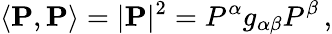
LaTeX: \left\langle\mathbf{P},\mathbf{P}\right\rangle=|\mathbf{P}|^{2}=P^{\alpha}g_{\alpha\beta}P^{\beta}\, ,